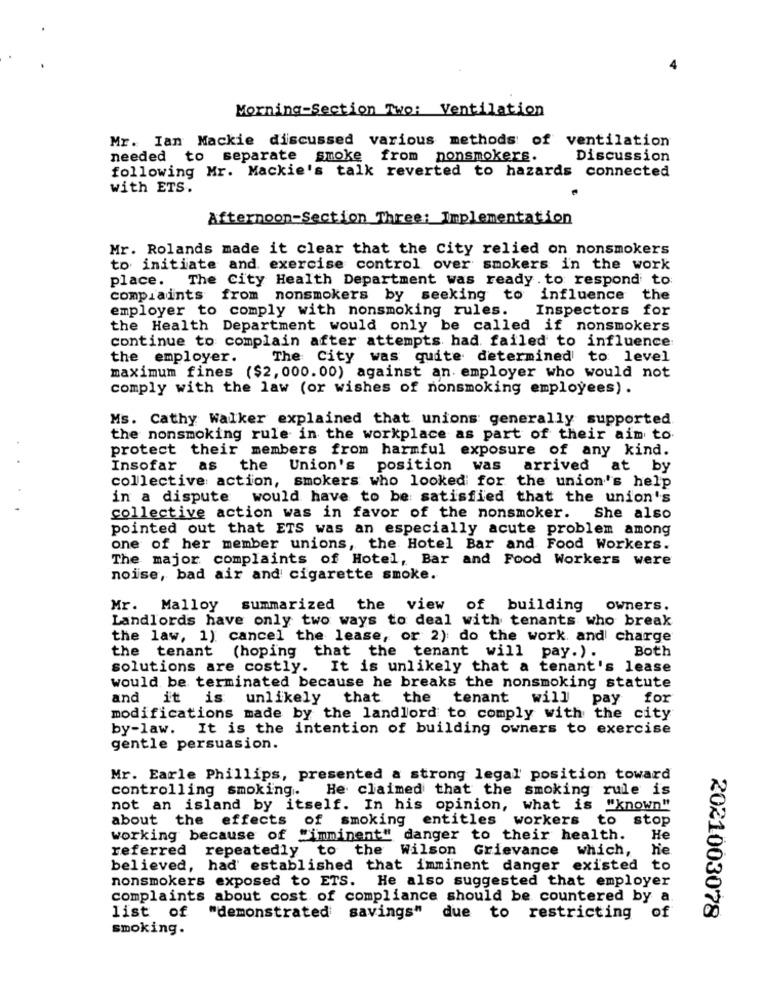
Morning-Section Two: Ventilation
Mr. Ian Mackie discussed various methods of ventilation
needed to separate smoke from nonsmokers.
Discussion
following Mr. Mackie's talk reverted to hazards connected
with ETS.
Afternoon-Section Three: Implementation
Mr. Rolands made it clear that the City relied on nonsmokers
to initiate and exercise control over smokers in the work
place. The City Health Department was ready to respond to:
complaints from nonsmokers by seeking to influence the
employer to comply with nonsmoking rules.
Inspectors for
the Health Department would only be called if nonsmokers
continue to complain after attempts had failed to influence
the employer.
The City was quite determined to level
maximum fines ($2, 000.00) against an employer who would not
comply with the law (or wishes of nonsmoking employees) .
Ms. Cathy Walker explained that unions generally supported
the nonsmoking rule in the workplace as part of their aim to.
protect their members from harmful exposure of any kind.
Insofar
as
the Union's position
was arrived
at by
collective action, smokers who looked for the union's help
in a dispute would have to be satisfied that the union's
collective action was in favor of the nonsmoker. She also
pointed out that ETS was an especially acute problem among
one of her member unions, the Hotel Bar and Food Workers.
The major complaints of Hotel, Bar and Food Workers were
noise, bad air and cigarette smoke.
Mr. Malloy summarized the view of building
owners.
Landlords have only two ways to deal with tenants who break
the law, 1) cancel the lease, or 2): do the work and charge
Both
the tenant (hoping that the tenant will pay.).
solutions are costly.
It is unlikely that a tenant's lease
would be terminated because he breaks the nonsmoking statute
and
it is unlikely that the tenant will
pay for
modifications made by the landlord to comply with the city
by-law. It is the intention of building owners to exercise
gentle persuasion.
Mr. Earle Phillips, presented a strong legal' position toward
controlling smoking.
He claimed that the smoking rule is
not an island by itself. In his opinion, what is "known"
about the effects of smoking entitles workers to stop
working because of "imminent" danger to their health.
He
referred repeatedly to
the Wilson Grievance which, he
believed, had established that imminent danger existed to
nonsmokers exposed to ETS.
He also suggested that employer
complaints about cost of compliance should be countered by a
2021003078
list of
"demonstrated savings"
due to restricting of
smoking.